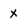
Character: x